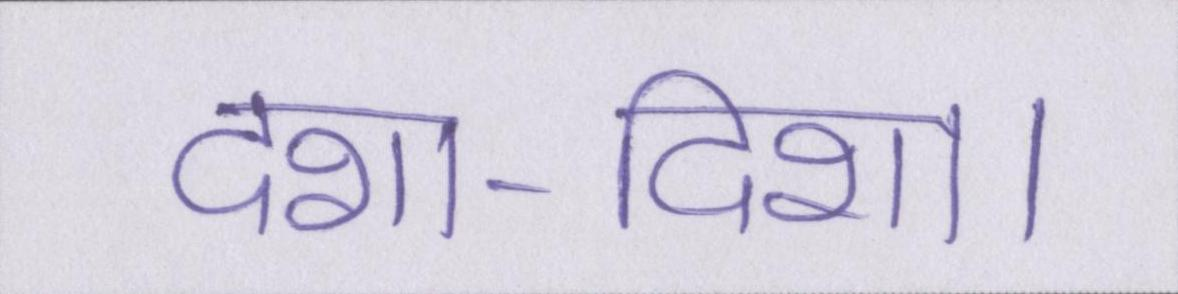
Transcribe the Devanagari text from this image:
दशा-दिशा।